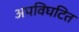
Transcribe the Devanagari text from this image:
अपविघटित